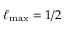
\ell _ { \mathrm { m a x } } = 1 / 2